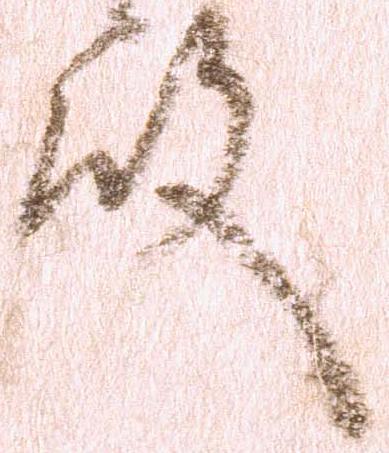
殿